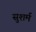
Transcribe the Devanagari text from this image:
सुशर्म